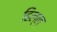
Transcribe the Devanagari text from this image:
हिल्ल्